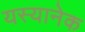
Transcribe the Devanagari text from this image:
यस्यानेक